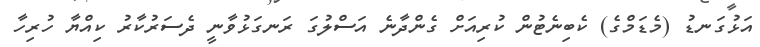
އަޅުގަނޑު (މެޑަމްގެ) ކެބިނެޓުން ކުރިއަށް ގެންދާނެ އަސްލުގަ ރަނގަޅުވާނީ ދެސަރުކާރު ކިއްޔާ ހުރިހާ